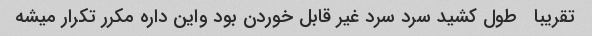
تقریبا   طول کشید سرد سرد غیر قابل خوردن بود واین داره مکرر تکرار میشه